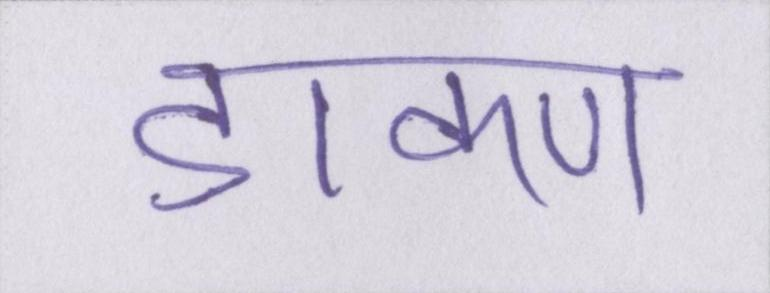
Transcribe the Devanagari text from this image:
डाकण